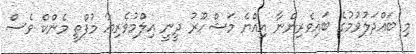
މި ބައްދަލުވުމުގެ ބައިވެރިންނާ އިއްޔެ މަޝްހޫރު ދީނީ އިލްމުވެރިޔާ މުފްތީ މެންކް ވެސް